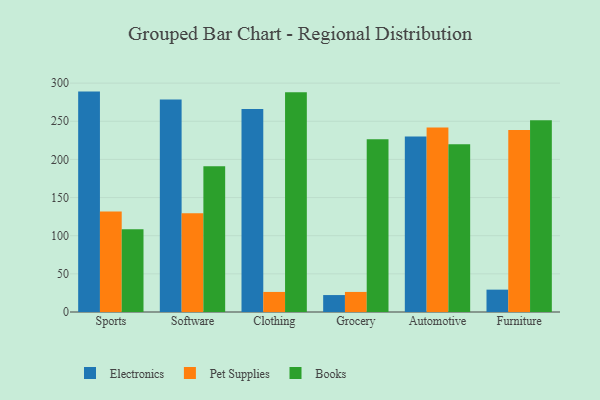
{"axis": {"x": "Category", "y": "Active Users"}, "legend": ["Books", "Electronics", "Pet Supplies"], "data": [{"x": "Sports", "y": 288.9, "type": "Electronics"}, {"x": "Sports", "y": 131.6, "type": "Pet Supplies"}, {"x": "Sports", "y": 108.6, "type": "Books"}, {"x": "Software", "y": 278.6, "type": "Electronics"}, {"x": "Software", "y": 129.6, "type": "Pet Supplies"}, {"x": "Software", "y": 191.1, "type": "Books"}, {"x": "Clothing", "y": 266.2, "type": "Electronics"}, {"x": "Clothing", "y": 26.3, "type": "Pet Supplies"}, {"x": "Clothing", "y": 288.2, "type": "Books"}, {"x": "Grocery", "y": 22.2, "type": "Electronics"}, {"x": "Grocery", "y": 26.3, "type": "Pet Supplies"}, {"x": "Grocery", "y": 226.5, "type": "Books"}, {"x": "Automotive", "y": 230.0, "type": "Electronics"}, {"x": "Automotive", "y": 242.0, "type": "Pet Supplies"}, {"x": "Automotive", "y": 219.8, "type": "Books"}, {"x": "Furniture", "y": 29.3, "type": "Electronics"}, {"x": "Furniture", "y": 238.5, "type": "Pet Supplies"}, {"x": "Furniture", "y": 251.2, "type": "Books"}]}